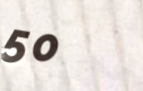
50%